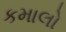
કમાલો